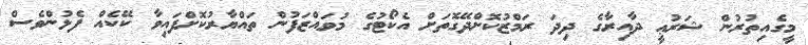
މީގެއިތުރުން ޝަރުޢީ ދާއިރާގެ ދިދަ ރަމްޒުކޮށްދޭގޮތަށް އެކޯޓުގެ މުވައްޒަފުން ތައްޔާރުކޮށްފައިވާ ކޭކެއް ފެޅުންވެސް